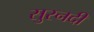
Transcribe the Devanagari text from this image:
सुरनदी